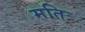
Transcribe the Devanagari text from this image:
मतिः